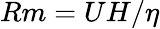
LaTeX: Rm=UH/\eta